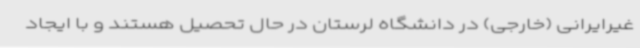
غیرایرانی (خارجی) در دانشگاه لرستان در حال تحصیل هستند و با ایجاد